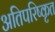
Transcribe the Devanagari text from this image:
अतिपरिष्कृत